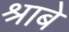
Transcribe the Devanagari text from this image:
श्राबे